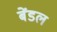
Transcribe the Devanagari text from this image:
बेंडल